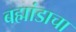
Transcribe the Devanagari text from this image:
बह्मांडाचा